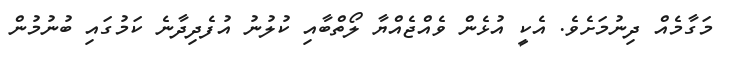
މަގާމެއް ދިނުމަށެވެ. އެކީ އުޅެން ވެއްޖެއްޔާ ލޯތްބާއި ކުލުނު އުފެދިދާނެ ކަމުގައި ބުނުމުން